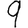
Digit: 9